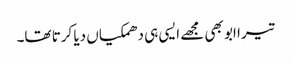
تیرا ابو بھی مجھے ایسی ہی دھمکیاں دیا کرتا تھا۔